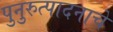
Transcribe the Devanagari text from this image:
पुनुरुत्पादनाचे